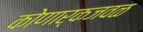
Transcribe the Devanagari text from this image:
कोणार्कजवळ